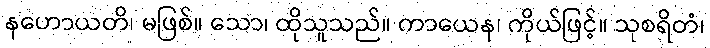
နဟောယတိ၊ မဖြစ်။ သော၊ ထိုသူသည်။ ကာယေန၊ ကိုယ်ဖြင့်။ သုစရိတံ၊